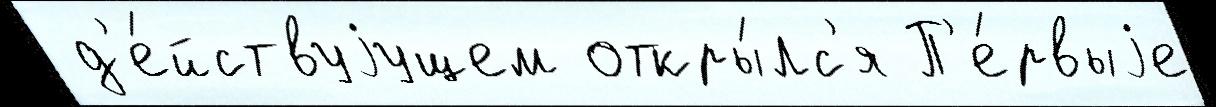
 д'е́йствуjущем откры́лс'я П'е́рвыjе